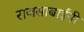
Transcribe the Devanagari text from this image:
राजसाबाईंनी